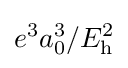
e^{3}a_{0}^{3}/E_{\text{h}}^{2}